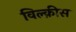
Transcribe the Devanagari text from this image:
विल्क़ीस